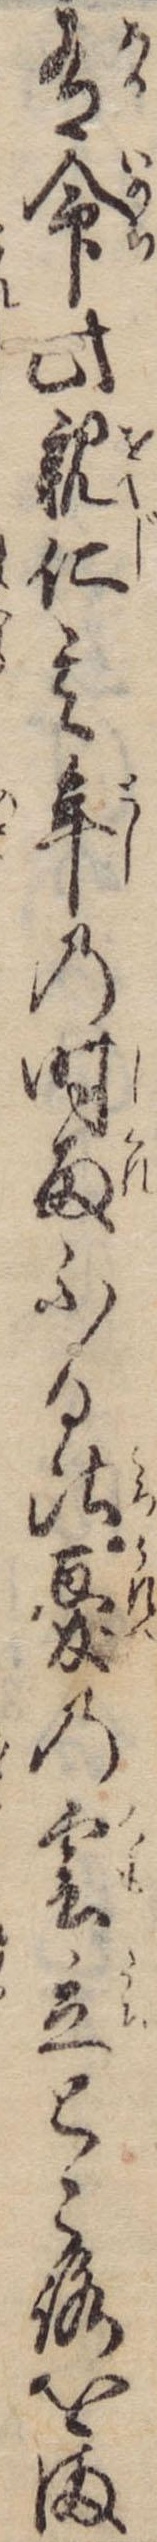
有命此親仁其年の時雨ふる比憂の雲立ところをま